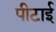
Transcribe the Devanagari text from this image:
पीटाई